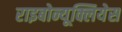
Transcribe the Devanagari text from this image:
राइबोन्यूक्लियेस